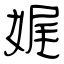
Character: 娓